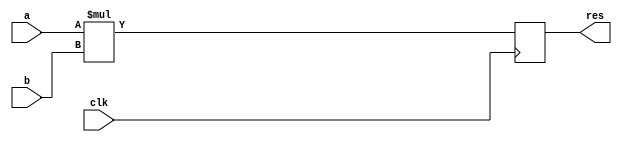
`timescale 1ns / 1ps
//////////////////////////////////////////////////////////////////////////////////
// Company: 
// Engineer: 
// 
// Design Name: 
// Module Name: Multiplier
// Project Name: 
// Target Devices: 
// Tool Versions: 
// Description: 
// 
// Dependencies: 
// 
// Revision:
// Revision 0.01 - File Created
// Additional Comments:
// 
//////////////////////////////////////////////////////////////////////////////////


module Multiplier#(
     parameter BIT_WIDTH = 8//k
     )
 (
    input clk,
    input  [BIT_WIDTH-1:0] a,
    input  [BIT_WIDTH-1:0] b,
    output reg [BIT_WIDTH-1:0] res
 );

    always @(posedge clk)
    begin
        res = a[BIT_WIDTH-1:0]*b[BIT_WIDTH-1:0];
    end
endmodule